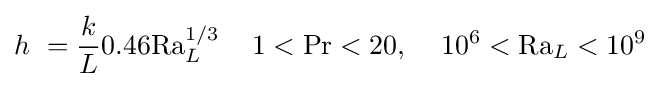
h\ ={\frac {k}{L}}0.46\mathrm {Ra} _{L}^{1/3}\,\quad 1<\mathrm {Pr} <20,\,\quad 10^{6}<\mathrm {Ra} _{L}<10^{9}